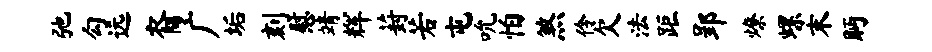
弛勾远裔广垢刻慰靖辉葑若屯吮怕煞伶欠法距郢燎螺末眄